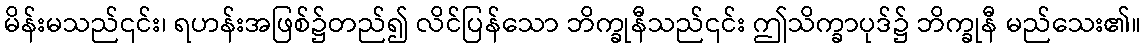
မိန်းမသည်၎င်း၊ ရဟန်းအဖြစ်၌တည်၍ လိင်ပြန်သော ဘိက္ခုနီသည်၎င်း ဤသိက္ခာပုဒ်၌ ဘိက္ခုနီ မည်သေး၏။